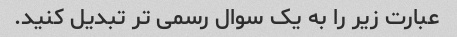
عبارت زیر را به یک سوال رسمی تر تبدیل کنید.